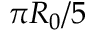
\pi R _ { 0 } / 5